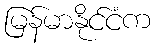
မြန်မာနိုင်ငံက